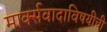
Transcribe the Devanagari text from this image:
मार्क्सवादाविषयीची